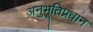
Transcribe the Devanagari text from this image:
अनुभूतिप्रधान